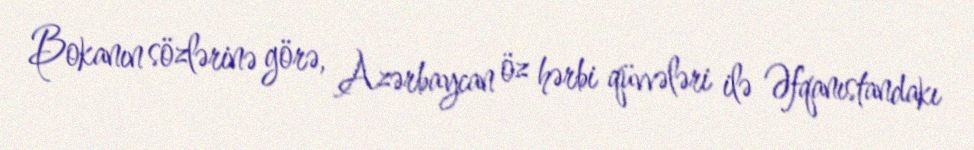
Bokanın sözlərinə görə, Azərbaycan öz hərbi qüvvələri ilə Əfqanıstandakı